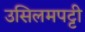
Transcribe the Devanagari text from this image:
उसिलमपट्टी